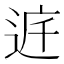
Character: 𨓀